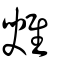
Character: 𩀑